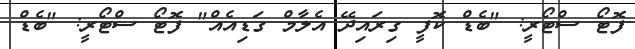
ފޮޓޯ ސްޓޯރީ: "ބެޑް ކޮފީ ގިރައިދޭ އެލާމް ގަޑިއެއް" ފޮޓޯ ސްޓޯރީ: "ބެޑް